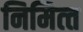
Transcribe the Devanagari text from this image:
निमित्‍त